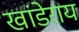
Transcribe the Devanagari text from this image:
खांडेराय